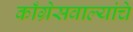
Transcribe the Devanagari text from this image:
काँग्रेसवाल्यांचे